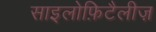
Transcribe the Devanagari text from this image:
साइलोफ़िटैलीज़